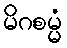
မိဂစမ္မံ